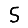
Digit: 5